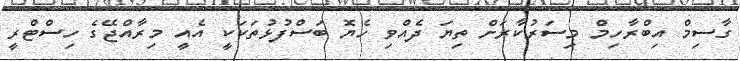
ގާސިމް އިބްރާހިމް މިސަރުކާރަށް ތިޔަ ދެއްވި ހެޔޮ ބަސްފުޅުތަކަކީ އެއީ މިރާއްޖޭގެ ހިސްޓްރީ